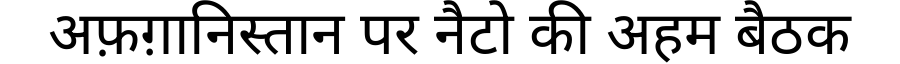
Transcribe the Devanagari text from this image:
अफ़ग़ानिस्तान पर नैटो की अहम बैठक